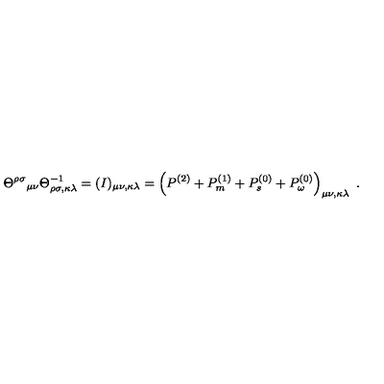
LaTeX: \Theta ^ { \rho \sigma } \mathrm { } _ { \mu \nu } \Theta _ { \rho \sigma , \kappa \lambda } ^ { - 1 } = ( I ) _ { \mu \nu , \kappa \lambda } = \left( P ^ { ( 2 ) } + P _ { m } ^ { ( 1 ) } + P _ { s } ^ { ( 0 ) } + P _ { \omega } ^ { ( 0 ) } \right) _ { \mu \nu , \kappa \lambda } \ .